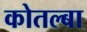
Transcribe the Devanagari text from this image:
कोतल्बा